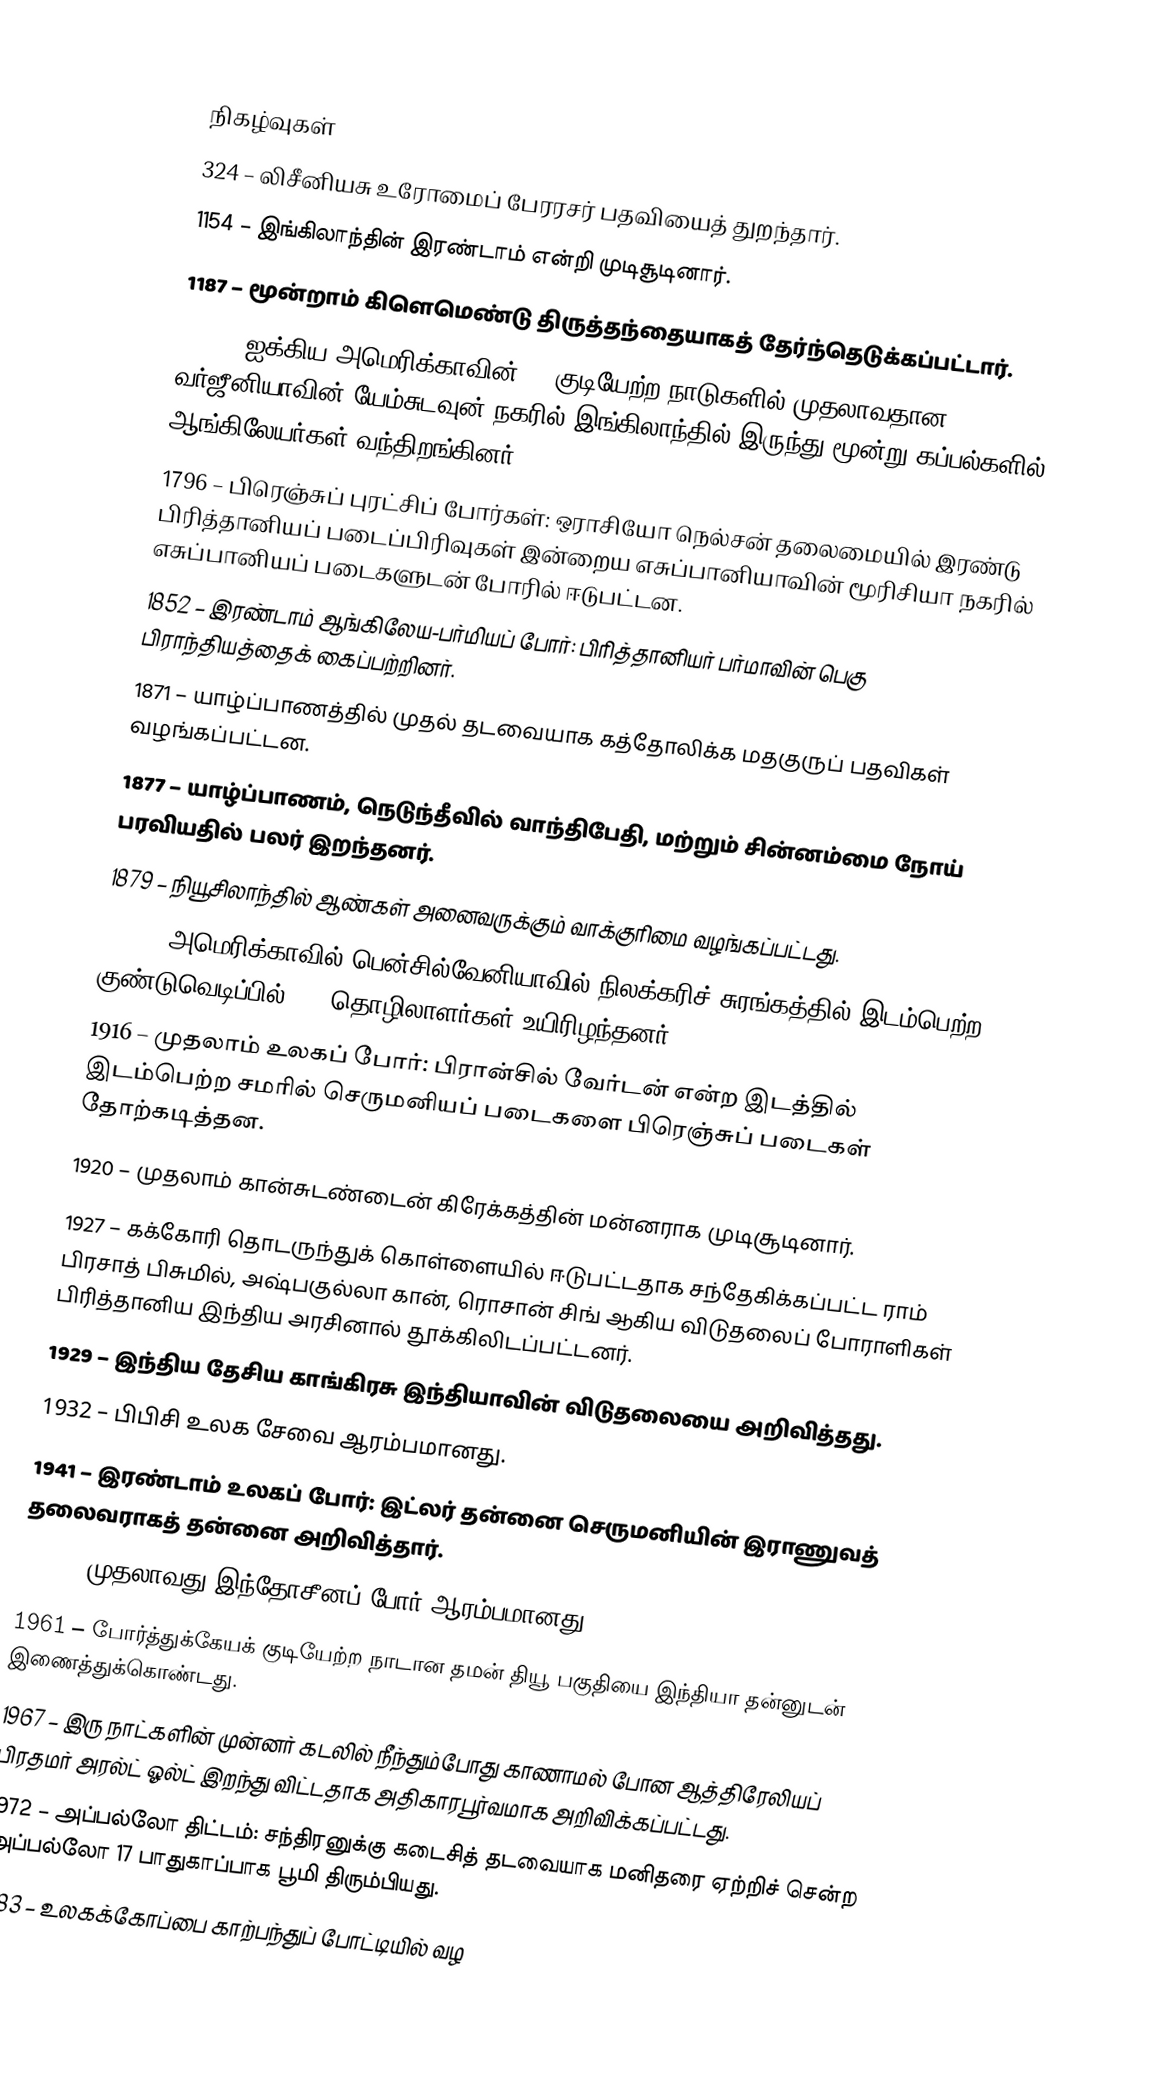

நிகழ்வுகள்
 324 – லிசீனியசு உரோமைப் பேரரசர் பதவியைத் துறந்தார்.
1154 – இங்கிலாந்தின் இரண்டாம் என்றி முடிசூடினார்.
1187 – மூன்றாம் கிளெமெண்டு திருத்தந்தையாகத் தேர்ந்தெடுக்கப்பட்டார்.
1606 – ஐக்கிய அமெரிக்காவின் 13 குடியேற்ற நாடுகளில் முதலாவதான வர்ஜீனியாவின் யேம்சுடவுன் நகரில் இங்கிலாந்தில் இருந்து மூன்று கப்பல்களில் ஆங்கிலேயர்கள் வந்திறங்கினர்.
1796 – பிரெஞ்சுப் புரட்சிப் போர்கள்: ஒராசியோ நெல்சன் தலைமையில் இரண்டு பிரித்தானியப் படைப்பிரிவுகள் இன்றைய எசுப்பானியாவின் மூரிசியா நகரில் எசுப்பானியப் படைகளுடன் போரில் ஈடுபட்டன.
1852 – இரண்டாம் ஆங்கிலேய-பர்மியப் போர்: பிரித்தானியர் பர்மாவின் பெகு பிராந்தியத்தைக் கைப்பற்றினர்.
1871 – யாழ்ப்பாணத்தில் முதல் தடவையாக கத்தோலிக்க மதகுருப் பதவிகள் வழங்கப்பட்டன.
1877 – யாழ்ப்பாணம், நெடுந்தீவில் வாந்திபேதி, மற்றும் சின்னம்மை நோய் பரவியதில் பலர் இறந்தனர்.
1879 – நியூசிலாந்தில் ஆண்கள் அனைவருக்கும் வாக்குரிமை வழங்கப்பட்டது.
1907 – அமெரிக்காவில் பென்சில்வேனியாவில் நிலக்கரிச் சுரங்கத்தில் இடம்பெற்ற குண்டுவெடிப்பில் 239 தொழிலாளர்கள் உயிரிழந்தனர்.
1916 – முதலாம் உலகப் போர்: பிரான்சில் வேர்டன் என்ற இடத்தில் இடம்பெற்ற சமரில் செருமனியப் படைகளை பிரெஞ்சுப் படைகள் தோற்கடித்தன.
1920 – முதலாம் கான்சுடண்டைன் கிரேக்கத்தின் மன்னராக முடிசூடினார்.
1927 – கக்கோரி தொடருந்துக் கொள்ளையில் ஈடுபட்டதாக சந்தேகிக்கப்பட்ட ராம் பிரசாத் பிசுமில், அஷ்பகுல்லா கான், ரொசான் சிங் ஆகிய விடுதலைப் போராளிகள் பிரித்தானிய இந்திய அரசினால் தூக்கிலிடப்பட்டனர்.
1929 – இந்திய தேசிய காங்கிரசு இந்தியாவின் விடுதலையை அறிவித்தது.
1932 – பிபிசி உலக சேவை ஆரம்பமானது.
1941 – இரண்டாம் உலகப் போர்: இட்லர் தன்னை செருமனியின் இராணுவத் தலைவராகத் தன்னை அறிவித்தார்.
1946 – முதலாவது இந்தோசீனப் போர் ஆரம்பமானது.
1961 – போர்த்துக்கேயக் குடியேற்ற நாடான தமன் தியூ பகுதியை இந்தியா தன்னுடன் இணைத்துக்கொண்டது.
1967 – இரு நாட்களின் முன்னர் கடலில் நீந்தும்போது காணாமல் போன ஆத்திரேலியப் பிரதமர் அரல்ட் ஓல்ட் இறந்து விட்டதாக அதிகாரபூர்வமாக அறிவிக்கப்பட்டது.
1972 – அப்பல்லோ திட்டம்: சந்திரனுக்கு கடைசித் தடவையாக மனிதரை ஏற்றிச் சென்ற அப்பல்லோ 17 பாதுகாப்பாக பூமி திரும்பியது.
1983 – உலகக்கோப்பை காற்பந்துப் போட்டியில் வழ